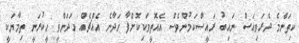
ކިތަންމެ ދެރަވިއަސް ނައިބު ރައީސްކަމުންވެސް އެއޮތީވަކިކޮށްފާ ހަދާނެ އެއްޗެއް ހަދަންވީ ހީކުރަނީ ތިމާޔަކީ